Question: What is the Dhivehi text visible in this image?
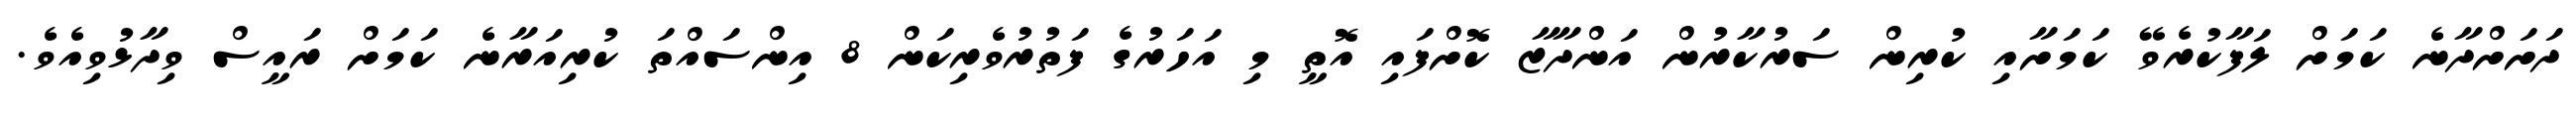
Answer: ދަށަށްދާނެ ކަމަށް ލަފާކުރެވޭ ކަމަށާއި ކުރިން ސަރުކާރުން އަންދާޒާ ކޮށްފައި އޮތީ މި އަހަރުގެ ފަތުރުވެރިކަން 8 އިންސައްތަ ކުރިއަރާނެ ކަމަށް ރައީސް ވިދާޅުވިއެވެ.